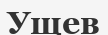
Ущев